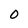
Character: O